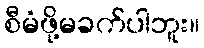
စီမံဖို့မခက်ပါဘူး။